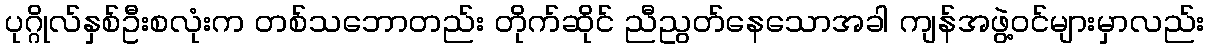
ပုဂ္ဂိုလ်နှစ်ဦးစလုံးက တစ်သဘောတည်း တိုက်ဆိုင် ညီညွတ်နေသောအခါ ကျန်အဖွဲ့ဝင်များမှာလည်း